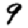
Digit: 9